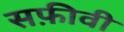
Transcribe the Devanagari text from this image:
सफ़ीवी